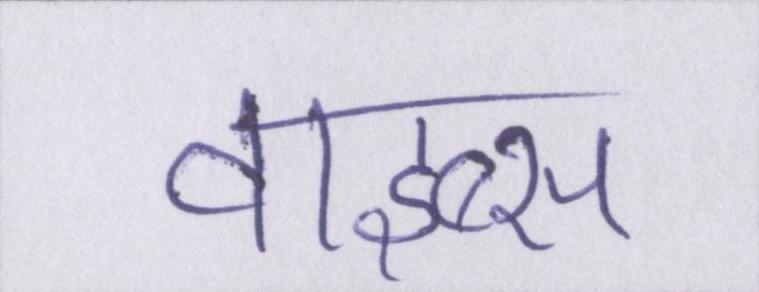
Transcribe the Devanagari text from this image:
वाइब्स